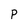
Character: P